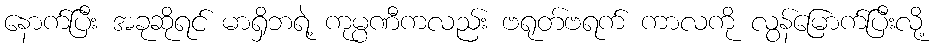
နောက်ပြီး အခုဆိုရင် မာရှိဘရဲ့ ကုမ္ပဏီကလည်း ဗရုတ်ဗရက် ကာလကို လွန်မြောက်ပြီးလို့